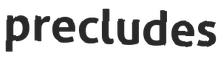
precludes